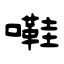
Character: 嚡